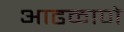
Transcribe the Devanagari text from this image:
आढळाणे